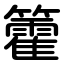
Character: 籗